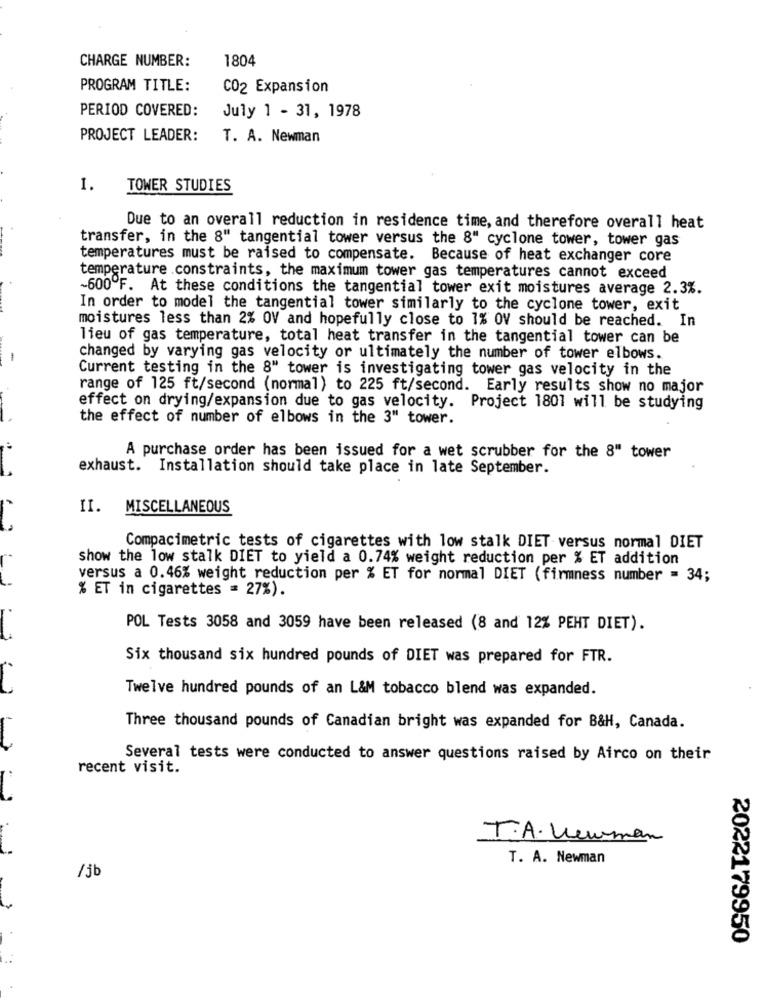
CHARGE NUMBER:
1804
PROGRAM TITLE:
CO2 Expansion
PERIOD COVERED:
July 1 - 31, 1978
PROJECT LEADER:
T. A. Newman
1.
TOWER STUDIES
Due to an overall reduction in residence time, and therefore overall heat
transfer, in the 8" tangential tower versus the 8" cyclone tower, tower gas
temperatures must be raised to compensate. Because of heat exchanger core
temperature constraints, the maximum tower gas temperatures cannot exceed
-600ºF. At these conditions the tangential tower exit moistures average 2.3%.
In order to model the tangential tower similarly to the cyclone tower, exit
moistures less than 2% OV and hopefully close to 1% OV should be reached. In
lieu of gas temperature, total heat transfer in the tangential tower can be
changed by varying gas velocity or ultimately the number of tower elbows.
Current testing in the 8" tower is investigating tower gas velocity in the
range of 125 ft/second (normal) to 225 ft/second. Early results show no major
effect on drying/expansion due to gas velocity. Project 1801 will be studying
the effect of number of elbows in the 3" tower.
A purchase order has been issued for a wet scrubber for the 8" tower
exhaust. Installation should take place in late September.
II.
MISCELLANEOUS
Compacimetric tests of cigarettes with low stalk DIET versus normal DIET
show the low stalk DIET to yield a 0.74% weight reduction per % ET addition
versus a 0.46% weight reduction per % ET for normal DIET (firmness number = 34;
% ET in cigarettes = 27%).
POL Tests 3058 and 3059 have been released (8 and 12% PEHT DIET).
Six thousand six hundred pounds of DIET was prepared for FTR.
Twelve hundred pounds of an L&M tobacco blend was expanded.
Three thousand pounds of Canadian bright was expanded for B&H, Canada.
Several tests were conducted to answer questions raised by Airco on their
recent visit.
T.A. Newman
T. A. Newman
/jb
2022179950